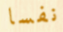
نفسا